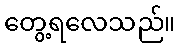
တွေ့ရလေသည်။